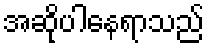
အဆိုပါနေရာသည်